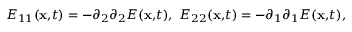
E _ { 1 1 } ( \mathbf { x , } t ) = - \partial _ { 2 } \partial _ { 2 } E ( \mathbf { x , } t ) , \ E _ { 2 2 } ( \mathbf { x , } t ) = - \partial _ { 1 } \partial _ { 1 } E ( \mathbf { x , } t ) ,